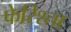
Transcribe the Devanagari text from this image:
फेरिश्ता